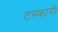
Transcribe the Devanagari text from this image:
टस्कागी